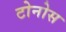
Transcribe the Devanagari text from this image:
टोनोस